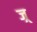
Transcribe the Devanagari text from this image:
ज्र्